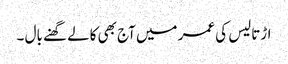
اڑتالیس کی عمر میں آج بھی کالے گھنے بال ۔